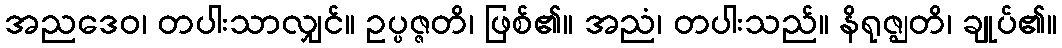
အညဒေဝ၊ တပါးသာလျှင်။ ဥပ္ပဇ္ဇတိ၊ ဖြစ်၏။ အညံ၊ တပါးသည်။ နိရုဇ္ဈတိ၊ ချုပ်၏။